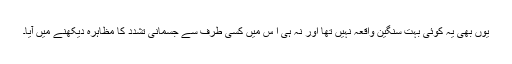
یوں بھی یہ کوئی بہت سنگین واقعہ نہیں تھا اور نہ ہی ا س میں کسی طرف سے جسمانی تشدد کا مظاہرہ دیکھنے میں آیا۔